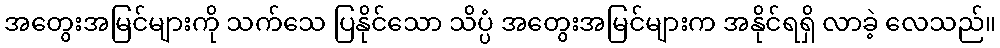
အတွေးအမြင်များကို သက်သေ ပြနိုင်သော သိပ္ပံ အတွေးအမြင်များက အနိုင်ရရှိ လာခဲ့ လေသည်။